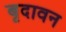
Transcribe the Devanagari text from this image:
बृदावन